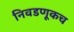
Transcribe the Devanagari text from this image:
निवडणूकच